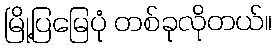
မြို့ပြမြေပုံ တစ်ခုလိုတယ်။